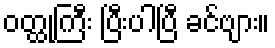
ဝတ္ထုကြီး ပြီးပါပြီ ခင်ဗျား။